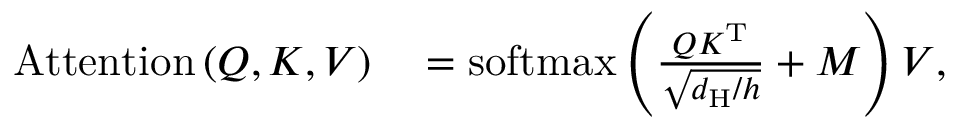
\begin{array} { r l } { \mathrm { A t t e n t i o n } \left( Q , K , V \right) } & { { } = \mathrm { s o f t m a x } \left( \frac { Q K ^ { \mathrm { T } } } { \sqrt { d _ { \mathrm { H } } / h } } + M \right) V , } \end{array}